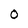
Character: 0